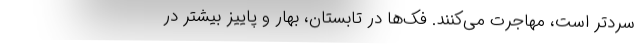
سردتر است، مهاجرت می‌کنند. فک‌ها در تابستان، بهار و پاییز بیشتر در